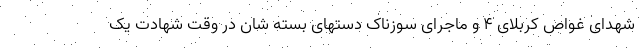
شهدای غواص کربلای 4 و ماجرای سوزناک دستهای بسته شان در وقت شهادت یک